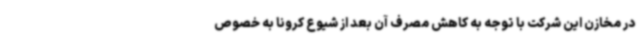
در مخازن این شرکت با توجه به کاهش مصرف آن بعد از شیوع کرونا به خصوص